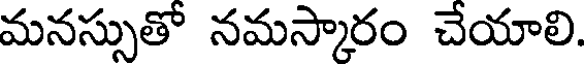
మనస్సుతో నమస్కారం చేయాలి.